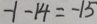
- 1 - 1 4 = - 1 5